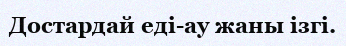
Достардай еді-ау жаны ізгі.